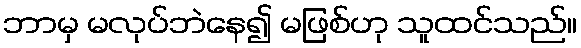
ဘာမှ မလုပ်ဘဲနေ၍ မဖြစ်ဟု သူထင်သည်။